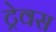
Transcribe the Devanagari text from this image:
ट्रेवस